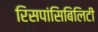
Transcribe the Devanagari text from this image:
रिसपांसिबिलिटी